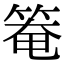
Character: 𥯃